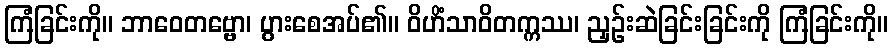
ကြံခြင်းကို။ ဘာဝေတဗ္ဗော၊ ပွားစေအပ်၏။ ဝိဟိံသာဝိတက္ကဿ၊ ညှဉ်းဆဲခြင်းခြင်းကို ကြံခြင်းကို။